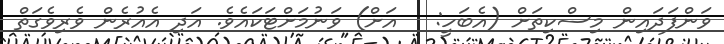
ވަންފަދައިން މިސްކިތަށް (އެބަހީ:   އަށް) ވަނުމަށްޓަކައެވެ. އަދި އެއުރެން ވެރިވެގަތް